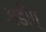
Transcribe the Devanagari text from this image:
अडींग्